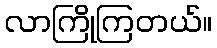
လာကြိုကြတယ်။